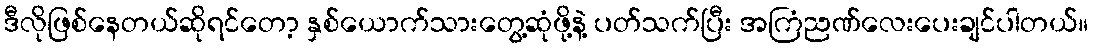
ဒီလိုဖြစ်နေတယ်ဆိုရင်တော့ နှစ်ယောက်သားတွေ့ဆုံဖို့နဲ့ ပတ်သက်ပြီး အကြံညဏ်လေးပေးချင်ပါတယ်။